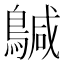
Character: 𮭄